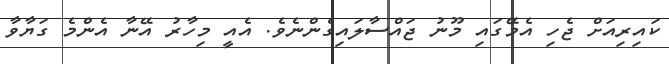
ކައިރިއަށް ޖެހި އެމޭގައި މޫނު ޖައްސާލައިގެންނެވެ. އެއީ މިހާރު އޭނާ އެންމެ ގަޔާވާ